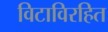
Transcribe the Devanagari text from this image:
विटाविरहित